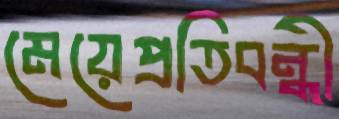
মেয়েপ্রতিবন্ধী